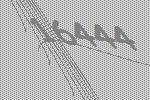
16444